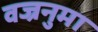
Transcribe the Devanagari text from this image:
वज्रनुमा